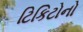
ટિકિટોનો